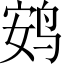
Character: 𫛩